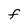
Character: F